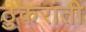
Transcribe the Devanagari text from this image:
ठुकराती